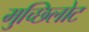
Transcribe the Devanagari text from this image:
मुच्छिलोट